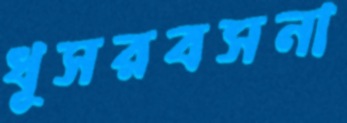
ধূসরবসনা